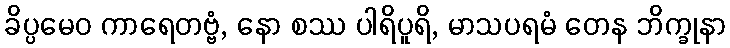
ခိပ္ပမေဝ ကာရေတဗ္ဗံ, နော စဿ ပါရိပူရိ, မာသပရမံ တေန ဘိက္ခုနာ